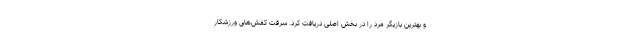
و بهترین بازیگر مرد را در بخش اصلی دریافت کرد. سرقت کفش‌های ورزشکار